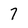
Character: 7